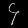
Digit: ၄